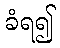
ခံရ၍